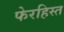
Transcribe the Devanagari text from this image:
फेरहिस्त